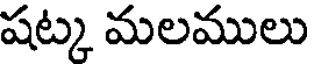
షట్క మలములు